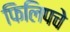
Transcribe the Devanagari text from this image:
फिलिपचे